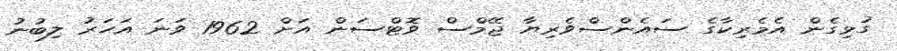
ގުޅިގެން އެމެރިކާގެ ސައެންސްވެރިޔާ ޖޭމްސް ވޮޓްސަން އަށް 1962 ވަނަ އަހަރު ލިބުނު